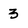
Character: 3